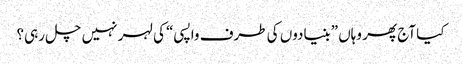
کیا آج پھر وہاں ”بنیادوں کی طرف واپسی“ کی لہر نہیں چل رہی؟